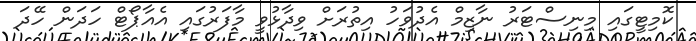
ކޮމިޓީގައި މިނިސްޓަރު ނާޒިމް އެދުވަހު އިތުރަށް ވިދާޅުވީ މާފަރުގައި އެއާޕޯޓް ހަދަން ހޭދަ